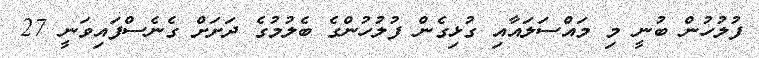
ފުލުހުން ބުނީ މި މައްސަލައާއި ގުޅިގެން ފުލުހުންގެ ބެލުމުގެ ދަށަށް ގެނެސްފައިވަނީ 27